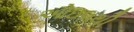
ઓઇલથી